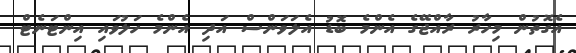
އެގޮތުން މިހާރު ރާއްޖޭގެ އެންމެ ބޮޑު އެލަވަންސް އަދި އެންމެ ހަލުވައި އިންޓަނެޓް